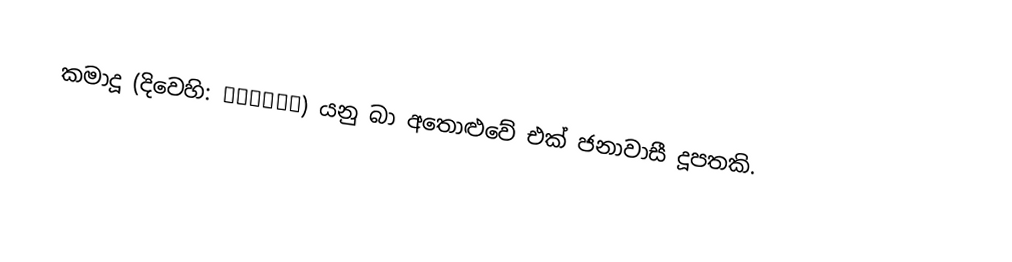
කමාදූ (දිවෙහි: ކަމަދޫ) යනු  බා අතොළුවේ එක් ජනාවාසී දූපතකි.